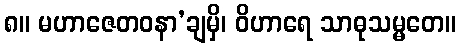
၈။ မဟာဇေတဝနာ’ချမှိ၊ ဝိဟာရေ သာဓုသမ္မတေ။